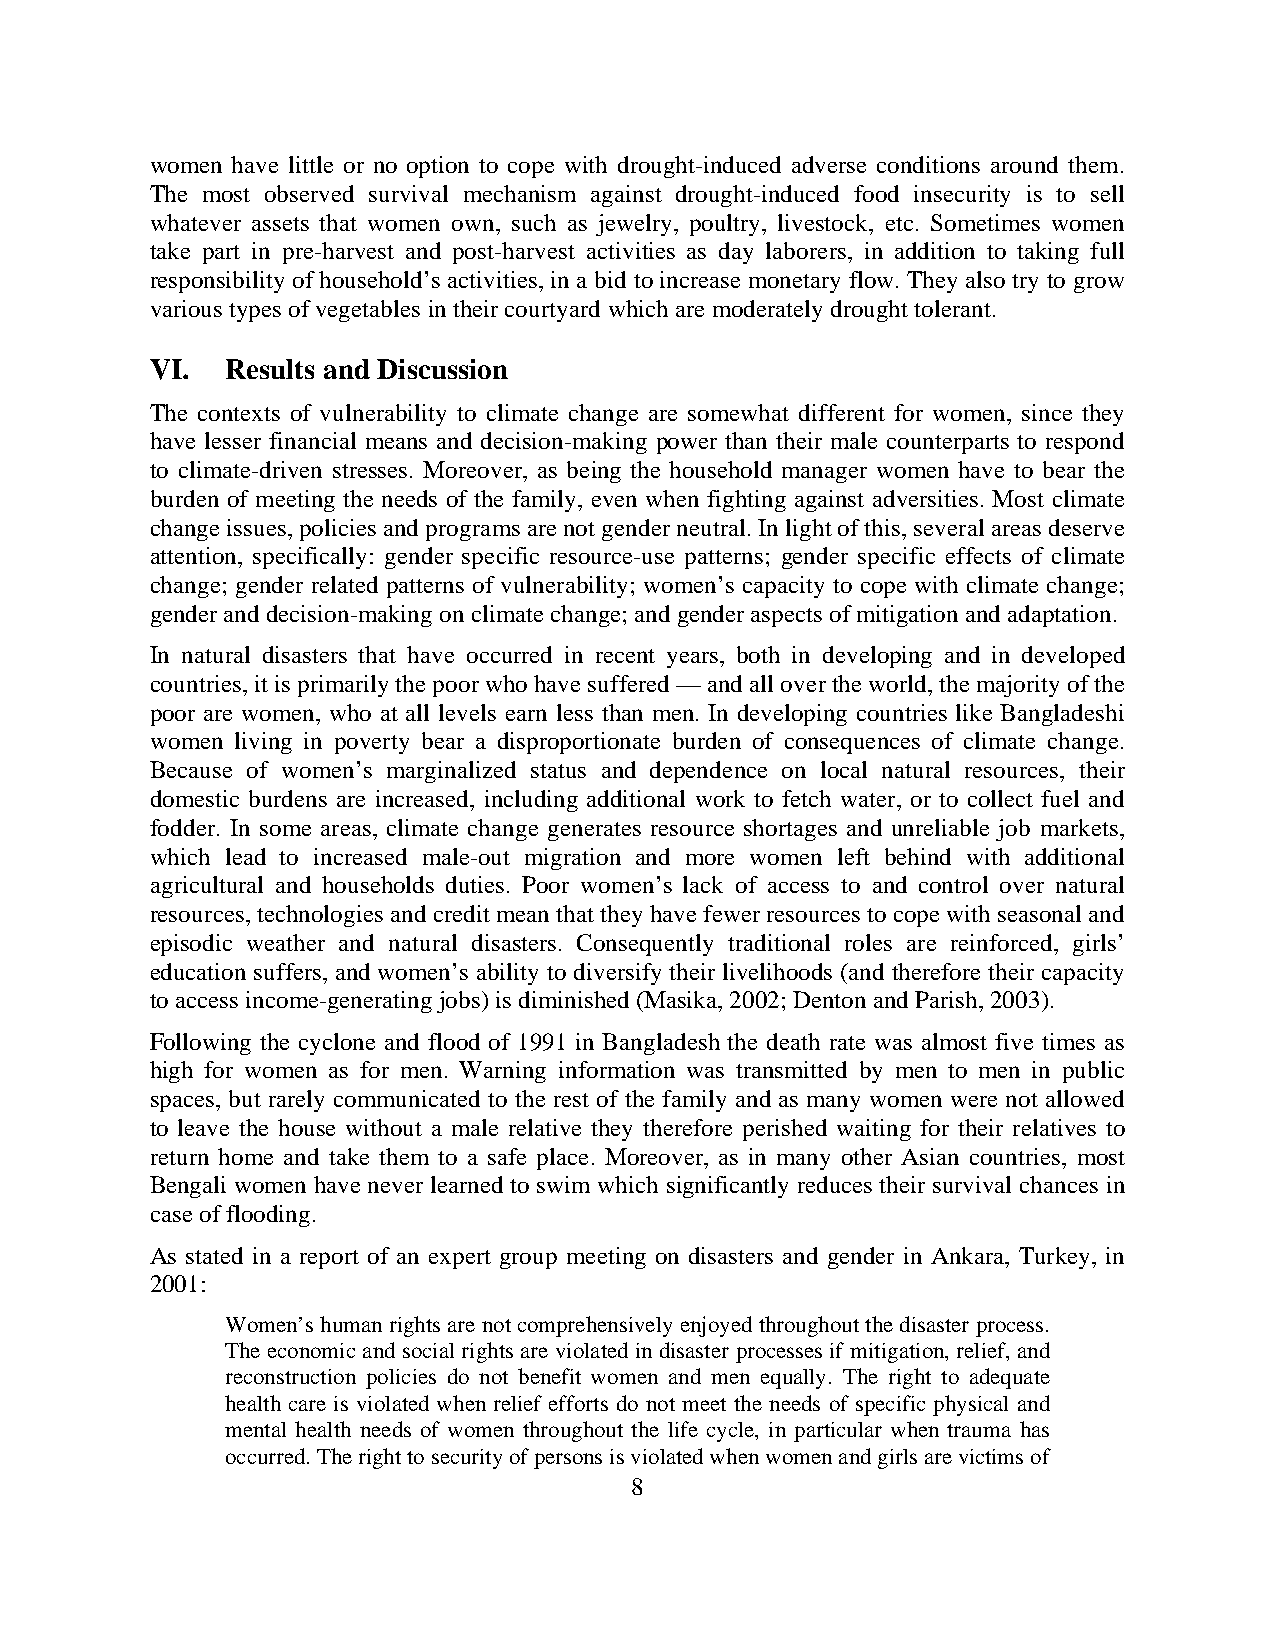
women have little or no option to cope with drought-induced adverse conditions around them.
 The most observed survival mechanism against drought-induced food insecurity is to sell
 whatever assets that women own, such as jewelry, poultry, livestock, etc. Sometimes women
 take part in pre-harvest and post-harvest activities as day laborers, in addition to taking full
 responsibility of household’s activities, in a bid to increase monetary flow. They also try to grow
 various types of vegetables in their courtyard which are moderately drought tolerant.
 VI.  Results and Discussion
 The contexts of vulnerability to climate change are somewhat different for women, since they
 have lesser financial means and decision-making power than their male counterparts to respond
 to climate-driven stresses. Moreover, as being the household manager women have to bear the
 burden of meeting the needs of the family, even when fighting against adversities. Most climate
 change issues, policies and programs are not gender neutral. In light of this, several areas deserve
 attention, specifically: gender specific resource-use patterns; gender specific effects of climate
 change; gender related patterns of vulnerability; women’s capacity to cope with climate change;
 gender and decision-making on climate change; and gender aspects of mitigation and adaptation.
 In natural disasters that have occurred in recent years, both in developing and in developed
 countries, it is primarily the poor who have suffered — and all over the world, the majority of the
 poor are women, who at all levels earn less than men. In developing countries like Bangladeshi
 women living in poverty bear a disproportionate burden of consequences of climate change.
 Because of women’s marginalized status and dependence on local natural resources, their
 domestic burdens are increased, including additional work to fetch water, or to collect fuel and
 fodder. In some areas, climate change generates resource shortages and unreliable job markets,
 which lead to increased male-out migration and more women left behind with additional
 agricultural and households duties. Poor women’s lack of access to and control over natural
 resources, technologies and credit mean that they have fewer resources to cope with seasonal and
 episodic weather and natural disasters. Consequently traditional roles are reinforced, girls’
 education suffers, and women’s ability to diversify their livelihoods (and therefore their capacity
 to access income-generating jobs) is diminished (Masika, 2002; Denton and Parish, 2003).
 Following the cyclone and flood of 1991 in Bangladesh the death rate was almost five times as
 high for women as for men. Warning information was transmitted by men to men in public
 spaces, but rarely communicated to the rest of the family and as many women were not allowed
 to leave the house without a male relative they therefore perished waiting for their relatives to
 return home and take them to a safe place. Moreover, as in many other Asian countries, most
 Bengali women have never learned to swim which significantly reduces their survival chances in
 case of flooding.
 As stated in a report of an expert group meeting on disasters and gender in Ankara, Turkey, in
 2001:
 Women’s human rights are not comprehensively enjoyed throughout the disaster process.
 The economic and social rights are violated in disaster processes if mitigation, relief, and
 reconstruction policies do not benefit women and men equally. The right to adequate
 health care is violated when relief efforts do not meet the needs of specific physical and
 mental health needs of women throughout the life cycle, in particular when trauma has
 occurred. The right to security of persons is violated when women and girls are victims of
 8